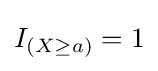
I_{(X\geq a)}=1